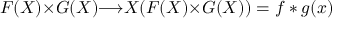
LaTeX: F ( X ) { \times } G ( X ) { \longrightarrow } { \cal X } ( F ( X ) { \times } G ( X ) ) = f * g ( x )